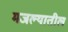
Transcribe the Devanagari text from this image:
मजल्यातील